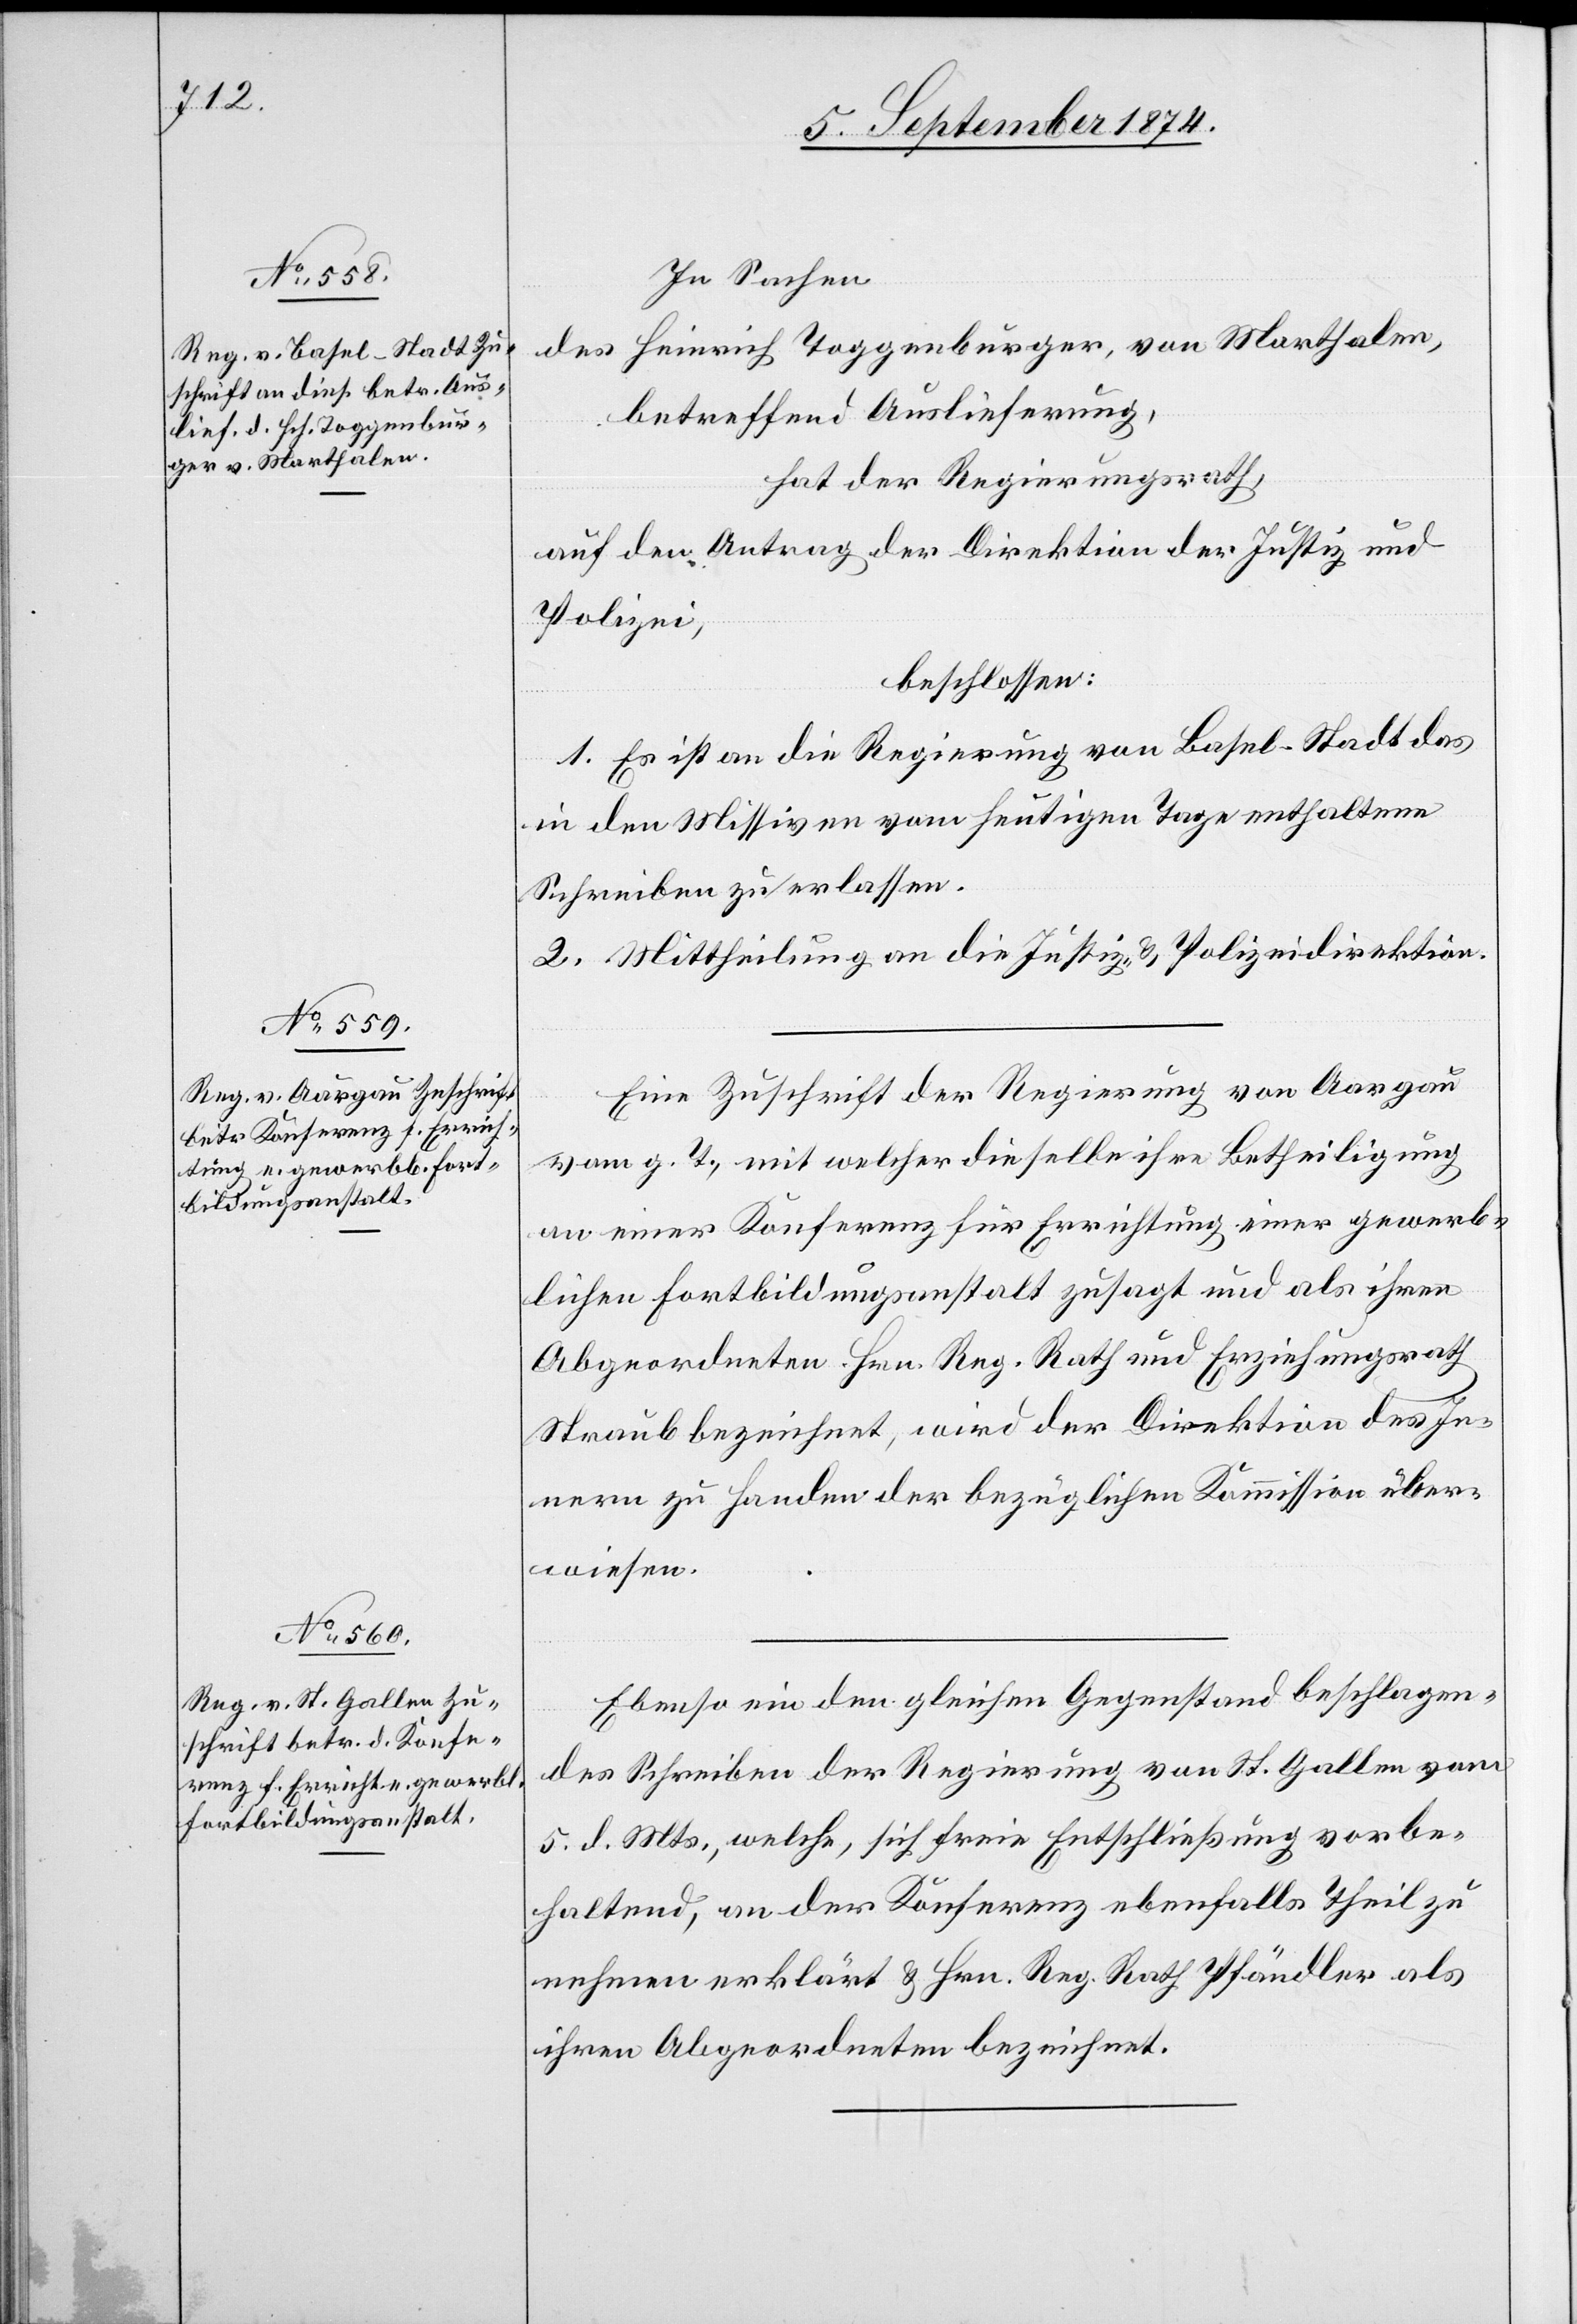
8. September 1874.]
In Sachen
des Heinrich Toggenburger, von Marthalen,
betreffend Auslieferung,
hat der Regierungsrath,
auf den Antrag der Direktion der Justiz und
Polizei,
beschlossen:
1. Es ist an die Regierung von Basel-Stadt das
in den Missiven vom heutigen Tage enthaltene
Schreiben zu erlassen.
2. Mittheilung an die Justiz- & Polizeidirektion.
Eine Zuschrift der Regierung von Aargau
vom g. T. mit welcher dieselbe ihre Betheiligung
an einer Konferenz für Errichtung einer gewerb¬
lichen Fortbildungsanstalt zusagt und als ihren
Abgeordneten Hrn. Reg. Rath und Erziehungsrath
Straub bezeichnet, wird der Direktion des In¬
nern zu Handen der bezüglichen Kommission über¬
wiesen.
Ebenso ein den gleichen Gegenstand beschlagen¬
des Schreiben der Regierung von St. Gallen vom
5. d. Mts., welche, sich freie Entschließung vorbe¬
haltend, an der Konferenz ebenfalls Theil zu
nehmen erklärt u. Hrn. Reg. Rath Pfändler als
ihren Abgeordneten bezeichnet.